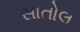
સાતોલ